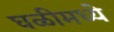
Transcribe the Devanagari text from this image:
घळीमध्ये